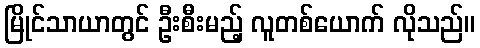
မြိုင်သာယာတွင် ဦးစီးမည့် လူတစ်ယောက် လိုသည်။